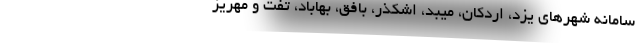
سامانه شهرهای یزد، اردکان، میبد، اشکذر، بافق، بهاباد، تفت و مهریز